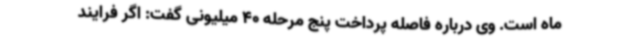
ماه است. وی درباره فاصله پرداخت پنج مرحله 40 میلیونی گفت: اگر فرایند